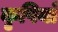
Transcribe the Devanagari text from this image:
कृपियाँ